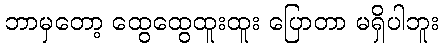
ဘာမှတော့ ထွေထွေထူးထူး ပြောတာ မရှိပါဘူး